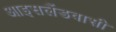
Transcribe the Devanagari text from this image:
आइसलैंडवासी